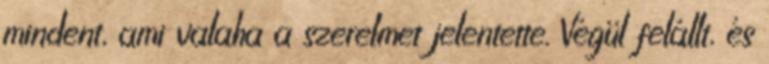
mindent, ami valaha a szerelmet jelentette. Végül felállt, és